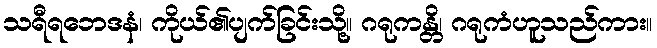
သရီရဘေဒနံ၊ ကိုယ်၏ပျက်ခြင်းသို့။ ဂရုကန္တိ၊ ဂရုကံဟူသည်ကား။